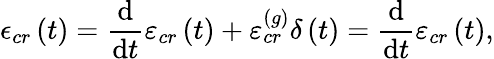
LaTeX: \epsilon_{cr}\left(t\right)=\frac{\mathrm{d}}{\mathrm{d}t}\varepsilon_{cr}\left(t\right)+\varepsilon_{cr}^{\left(g\right)}\delta\left(t\right)=\frac{\mathrm{d}}{\mathrm{d}t}\varepsilon_{cr}\left(t\right),